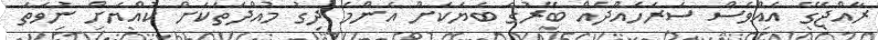
ރާއްޖޭގެ އެއްވެސް ސަރަހައްދެއް ބޭރުގެ ބަޔަކަށް އެންމެ ދިގު މުއްދަތަކަށް ކުއްޔަށް ނުވަތަ